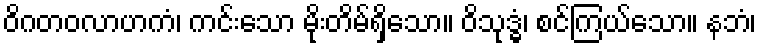
ဝိဂတဝလာဟကံ၊ ကင်းသော မိုးတိမ်ရှိသော။ ဝိသုဒ္ဓံ၊ စင်ကြယ်သော။ နဘံ၊